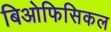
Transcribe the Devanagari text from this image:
बिओफिसिकल